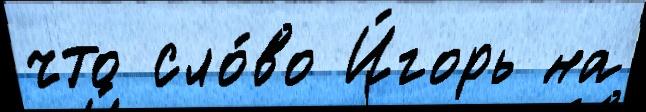
что сло́во И́горь на